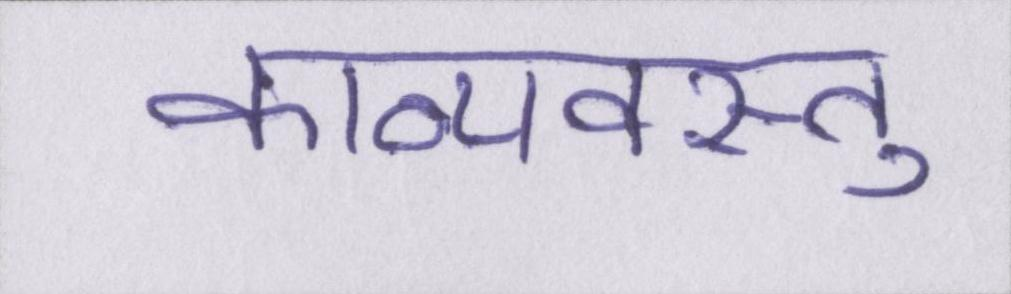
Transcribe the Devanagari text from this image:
काव्यवस्तु